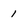
Character: 1